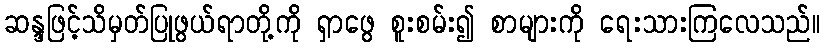
ဆန္ဒဖြင့်သိမှတ်ပြုဖွယ်ရာတို့ကို ရှာဖွေ စူးစမ်း၍ စာများကို ရေးသားကြလေသည်။